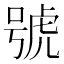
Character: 號